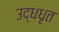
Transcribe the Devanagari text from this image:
उद्धधृत